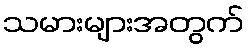
သမားများအတွက်